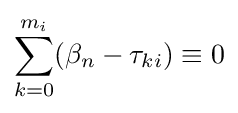
\sum _{k=0}^{m_{i}}(\beta _{n}-\tau _{ki})\equiv 0